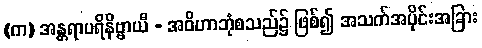
(က) အန္တရာပရိနိဗ္ဗာယီ - အဝိဟာဘုံစသည်၌ ဖြစ်၍ အသက်အပိုင်းအခြား